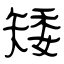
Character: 矮